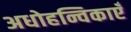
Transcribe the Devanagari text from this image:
अधोहन्विकाएँ